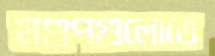
মণ্ডপগুলোতে